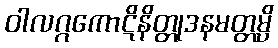
ဝါလဂ္ဂကောဋိနိတ္တုဒနမတ္တမ္ပိ